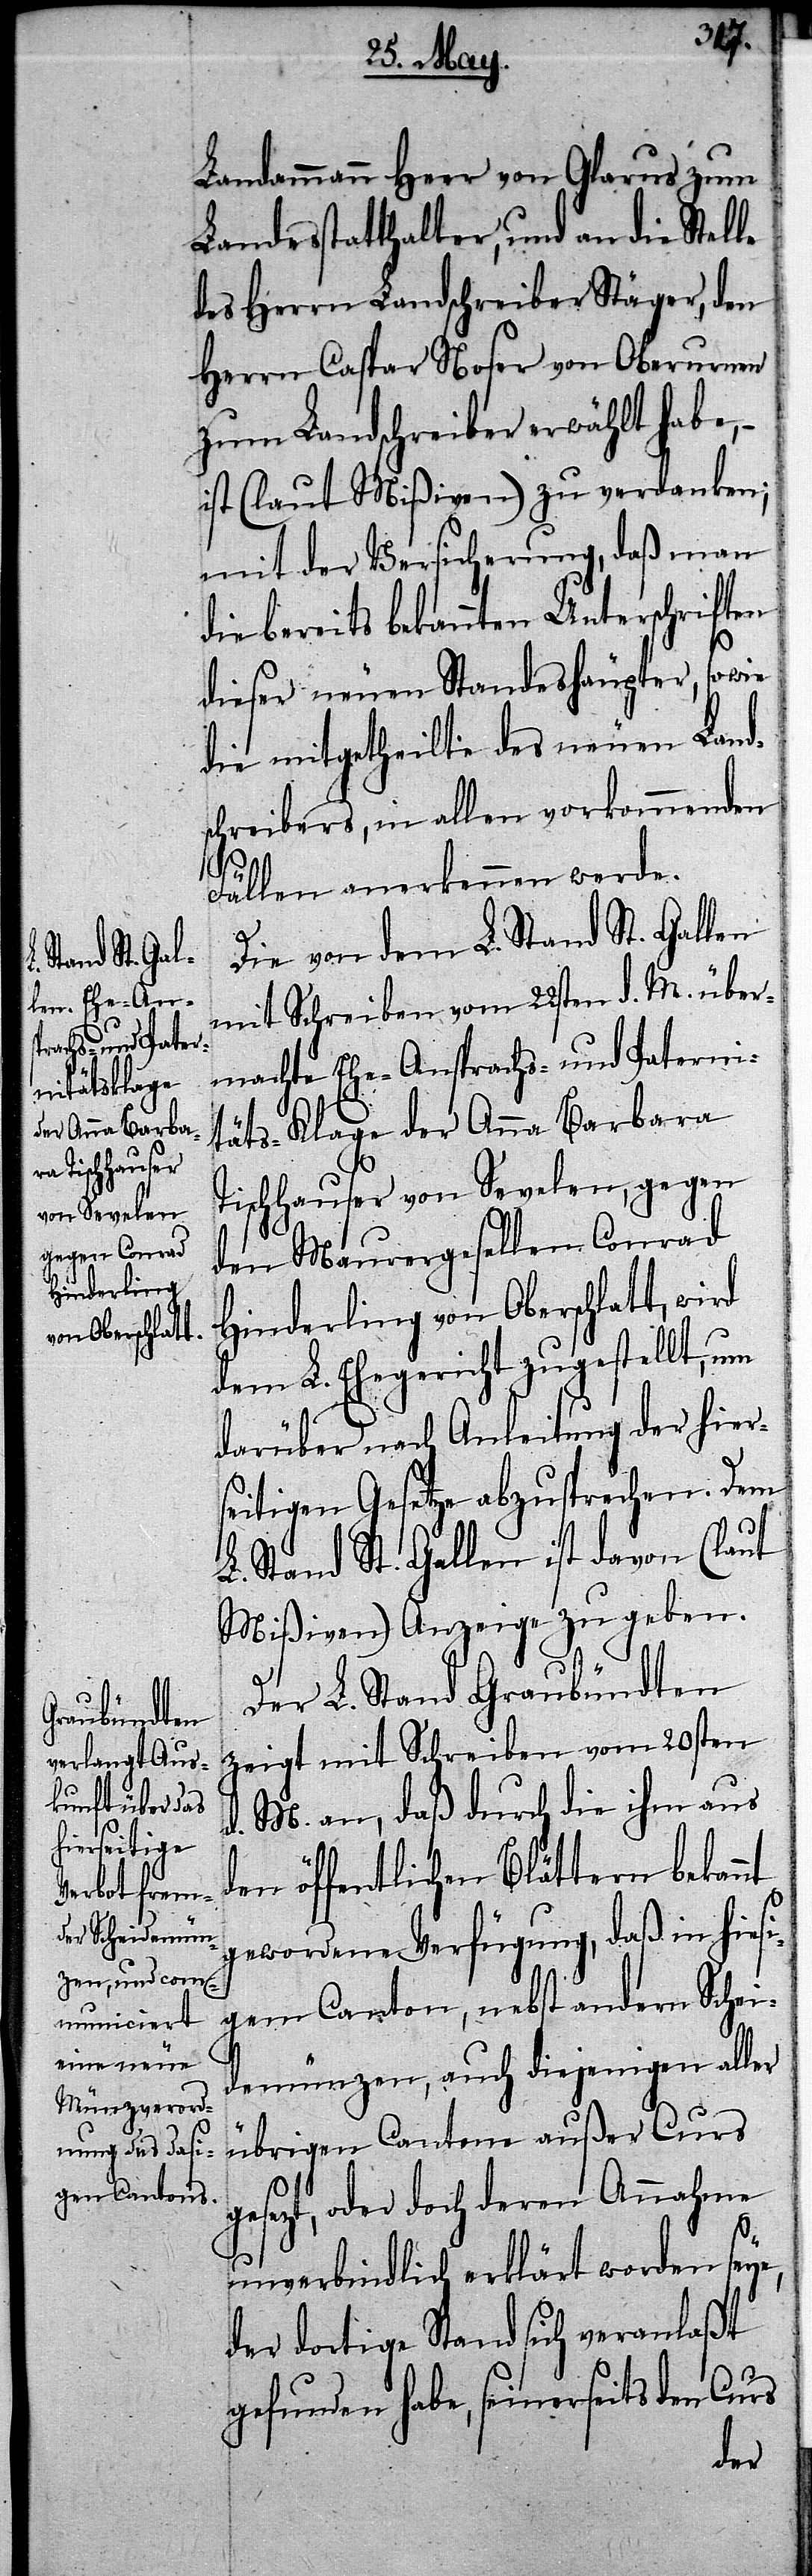
ge¬
Landammann Heer von Glarus zum
Landesstatthalter, und an die Stelle
des Herrn Landschreiber Stäger, den
Herrn Caspar Noser von Oberurnen
zum Landschreiber erwählt habe, –
ist (laut Mißiven) zu verdanken;
mit der Versicherung, daß man
die bereits bekannten Unterschriften
dieser neuen Standeshäupter, so wie
die mitgetheilte des neuen Land¬
schreibers, in allen vorkommenden
Fällen anerkennen werde.
Die von dem L. Stand St. Gallen
mit Schreiben vom 22sten d. M. über¬
machte Ehe-Ansprachs- und Paterni¬
täts-Klage der Anna Barbara
Tischhauser von Sevelen, gegen
den Maurergesellen Conrad
Hinderling von Oberschlatt, wird
dem L. Ehegericht zugestellt, um
darüber nach Anleitung der hier¬
seitigen Gesetze abzusprechen. Dem
L. Stand St. Gallen ist davon (laut
Mißiven) Anzeige zu geben.
Der L. Stand Graubündten
zeigt mit Schreiben vom 20sten
d. M. an, daß durch die ihm aus
den öffentlichen Blättern bekannt
gewordene Verfügung, daß in hiesi¬
gem Canton, nebst andern Schei¬
demünzen, auch diejenigen aller
übrigen Cantone außer Curs
setzt, oder doch deren Annahme
unverbindlich erklärt worden seye,
der dortige Stand sich veranlaßt
gefunden habe, seinerseits den Curs